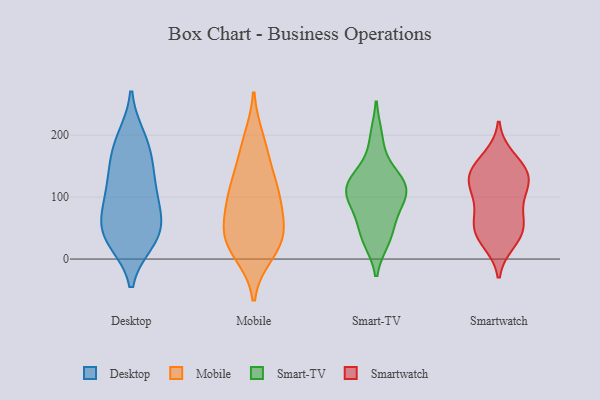
{"axis": {"x": "Churn Rate (%)", "y": "Value"}, "legend": ["Desktop", "Mobile", "Smart-TV", "Smartwatch"], "data": [{"x": "", "y": 150, "type": "Desktop"}, {"x": "", "y": 59, "type": "Desktop"}, {"x": "", "y": 120, "type": "Desktop"}, {"x": "", "y": 37, "type": "Desktop"}, {"x": "", "y": 94, "type": "Desktop"}, {"x": "", "y": 38, "type": "Desktop"}, {"x": "", "y": 195, "type": "Desktop"}, {"x": "", "y": 108, "type": "Desktop"}, {"x": "", "y": 30, "type": "Desktop"}, {"x": "", "y": 75, "type": "Desktop"}, {"x": "", "y": 189, "type": "Desktop"}, {"x": "", "y": 39, "type": "Desktop"}, {"x": "", "y": 160, "type": "Desktop"}, {"x": "", "y": 36, "type": "Mobile"}, {"x": "", "y": 27, "type": "Mobile"}, {"x": "", "y": 167, "type": "Mobile"}, {"x": "", "y": 104, "type": "Mobile"}, {"x": "", "y": 191, "type": "Mobile"}, {"x": "", "y": 48, "type": "Mobile"}, {"x": "", "y": 81, "type": "Mobile"}, {"x": "", "y": 35, "type": "Mobile"}, {"x": "", "y": 117, "type": "Mobile"}, {"x": "", "y": 111, "type": "Mobile"}, {"x": "", "y": 11, "type": "Mobile"}, {"x": "", "y": 108, "type": "Smart-TV"}, {"x": "", "y": 30, "type": "Smart-TV"}, {"x": "", "y": 110, "type": "Smart-TV"}, {"x": "", "y": 111, "type": "Smart-TV"}, {"x": "", "y": 144, "type": "Smart-TV"}, {"x": "", "y": 197, "type": "Smart-TV"}, {"x": "", "y": 109, "type": "Smart-TV"}, {"x": "", "y": 34, "type": "Smart-TV"}, {"x": "", "y": 131, "type": "Smart-TV"}, {"x": "", "y": 79, "type": "Smart-TV"}, {"x": "", "y": 63, "type": "Smart-TV"}, {"x": "", "y": 140, "type": "Smartwatch"}, {"x": "", "y": 116, "type": "Smartwatch"}, {"x": "", "y": 139, "type": "Smartwatch"}, {"x": "", "y": 49, "type": "Smartwatch"}, {"x": "", "y": 65, "type": "Smartwatch"}, {"x": "", "y": 72, "type": "Smartwatch"}, {"x": "", "y": 117, "type": "Smartwatch"}, {"x": "", "y": 129, "type": "Smartwatch"}, {"x": "", "y": 101, "type": "Smartwatch"}, {"x": "", "y": 148, "type": "Smartwatch"}, {"x": "", "y": 28, "type": "Smartwatch"}, {"x": "", "y": 164, "type": "Smartwatch"}, {"x": "", "y": 37, "type": "Smartwatch"}, {"x": "", "y": 44, "type": "Smartwatch"}]}